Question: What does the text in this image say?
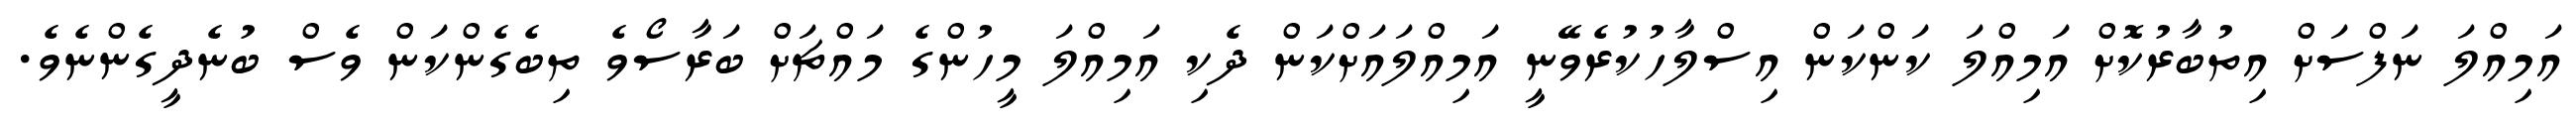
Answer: އަމިއްލަ ނަފްސަށް އިތުބާރުކޮށް އަމިއްލަ ކަންކަން އިސްލާހުކުރެވޭނީ އަމިއްލައަށްކަން ދެކި އަމިއްލަ މީހުންގެ މައްޗަށް ބަރާސޯވެ ތިބެގެންކަން ވެސް ބުނެދީގެންނެވެ.